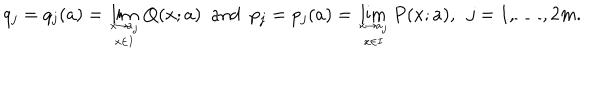
LaTeX: q _ { j } = q _ { j } ( a ) = \lim _ { x \rightarrow a _ { j } \atop x \in I } Q ( x ; a ) \ \ \mathrm { a n d } \ \ p _ { j } = p _ { j } ( a ) = \lim _ { x \rightarrow a _ { j } \atop x \in I } P ( x ; a ) , \ \ j = 1 , \ldots , 2 m .